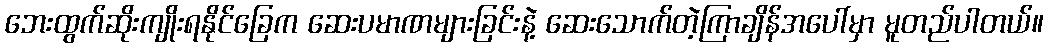
ဘေးထွက်ဆိုးကျိုးရနိုင်ခြေက ဆေးပမာဏများခြင်းနဲ့ ဆေးသောက်တဲ့ကြာချိန်အပေါ်မှာ မူတည်ပါတယ်။